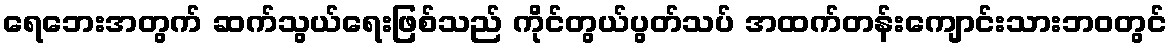
ရေဘေးအတွက် ဆက်သွယ်ရေးဖြစ်သည် ကိုင်တွယ်ပွတ်သပ် အထက်တန်းကျောင်းသားဘဝတွင်